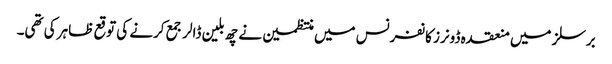
برسلز میں منعقدہ ڈونرز کانفرنس میں منتظمین نے چھ بلین ڈالر جمع کرنے کی توقع ظاہر کی تھی۔